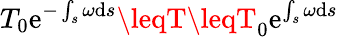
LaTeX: T_{0}\mathrm{e}^{-\int_{s}\omega\mathrm{{d}}s}\leqT\leqT_{0}\mathrm{e}^{\int_{s}\omega\mathrm{{d}}s}